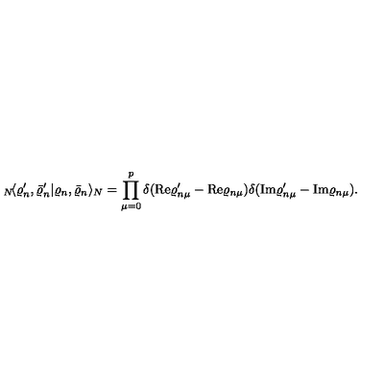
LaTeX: { } _ { N } \! \langle \varrho _ { n } ^ { \prime } , \bar { \varrho } _ { n } ^ { \prime } | \varrho _ { n } , \bar { \varrho } _ { n } \rangle _ { N } = \prod _ { \mu = 0 } ^ { p } \delta ( \mathrm { R e } \varrho _ { n \mu } ^ { \prime } - \mathrm { R e } \varrho _ { n \mu } ) \delta ( \mathrm { I m } \varrho _ { n \mu } ^ { \prime } - \mathrm { I m } \varrho _ { n \mu } ) .